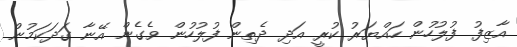
އާޒިފު ފުލުހުން ހައްޔަރު ކުރީ އަދި ދެތިން ފުލުހުން ވެގެން އޭނާ ގަދަކަމުން